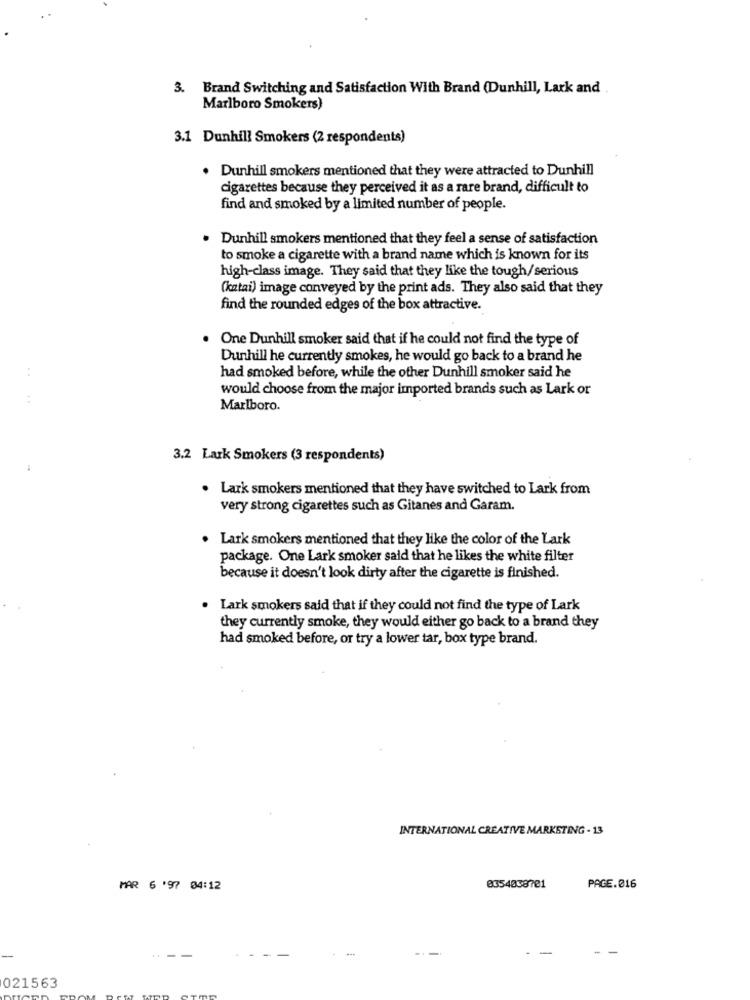
3. Brand Switching and Satisfaction With Brand (Dunhill, Lark and
Marlboro Smokers)
3.1 Dunhill Smokers (2 respondents)
. Dunhill smokers mentioned that they were attracted to Dunhill
cigarettes because they perceived it as a rare brand, difficult to
find and smoked by a limited number of people.
Dunhill smokers mentioned that they feel a sense of satisfaction
to smoke a cigarette with a brand name which is known for its
high-class image. They said that they like the tough/serious
(katai) image conveyed by the print ads. They also said that they
find the rounded edges of the box attractive.
One Dunhill smoker said that if he could not find the type of
Dunhill he currently smokes, he would go back to a brand he
:
had smoked before, while the other Dunhill smoker said he
would choose from the major imported brands such as Lark or
Marlboro.
3.2 Lark Smokers (3 respondents)
. Lark smokers mentioned that they have switched to Lark from
very strong cigarettes such as Gitanes and Garam.
. Lark smokers mentioned that they like the color of the Lark
package. One Lark smoker said that he likes the white filter
because it doesn't look dirty after the cigarette is finished.
. Lark smokers said that if they could not find the type of Lark
they currently smoke, they would either go back to a brand they
had smoked before, or try a lower tar, box type brand.
INTERNATIONAL CREATIVE MARKETING - 13
MAR 6 197 04:12
0354038701
PAGE.016
-
---
--
021563